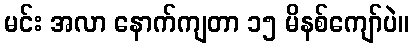
မင်း အလာ နောက်ကျတာ ၁၅ မိနစ်ကျော်ပဲ။